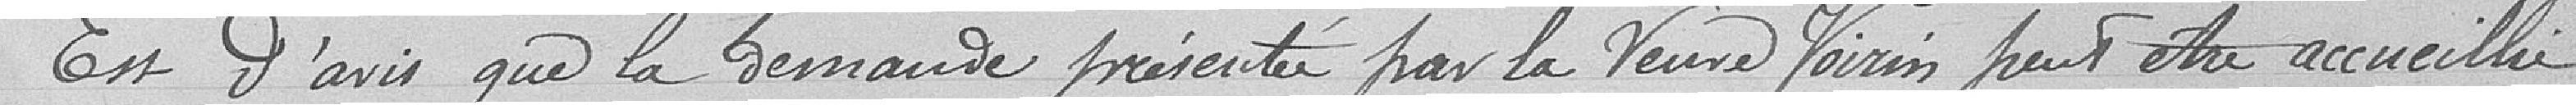
Est d'avis que la demande présentée par la veuve Voirin peut être accueilli